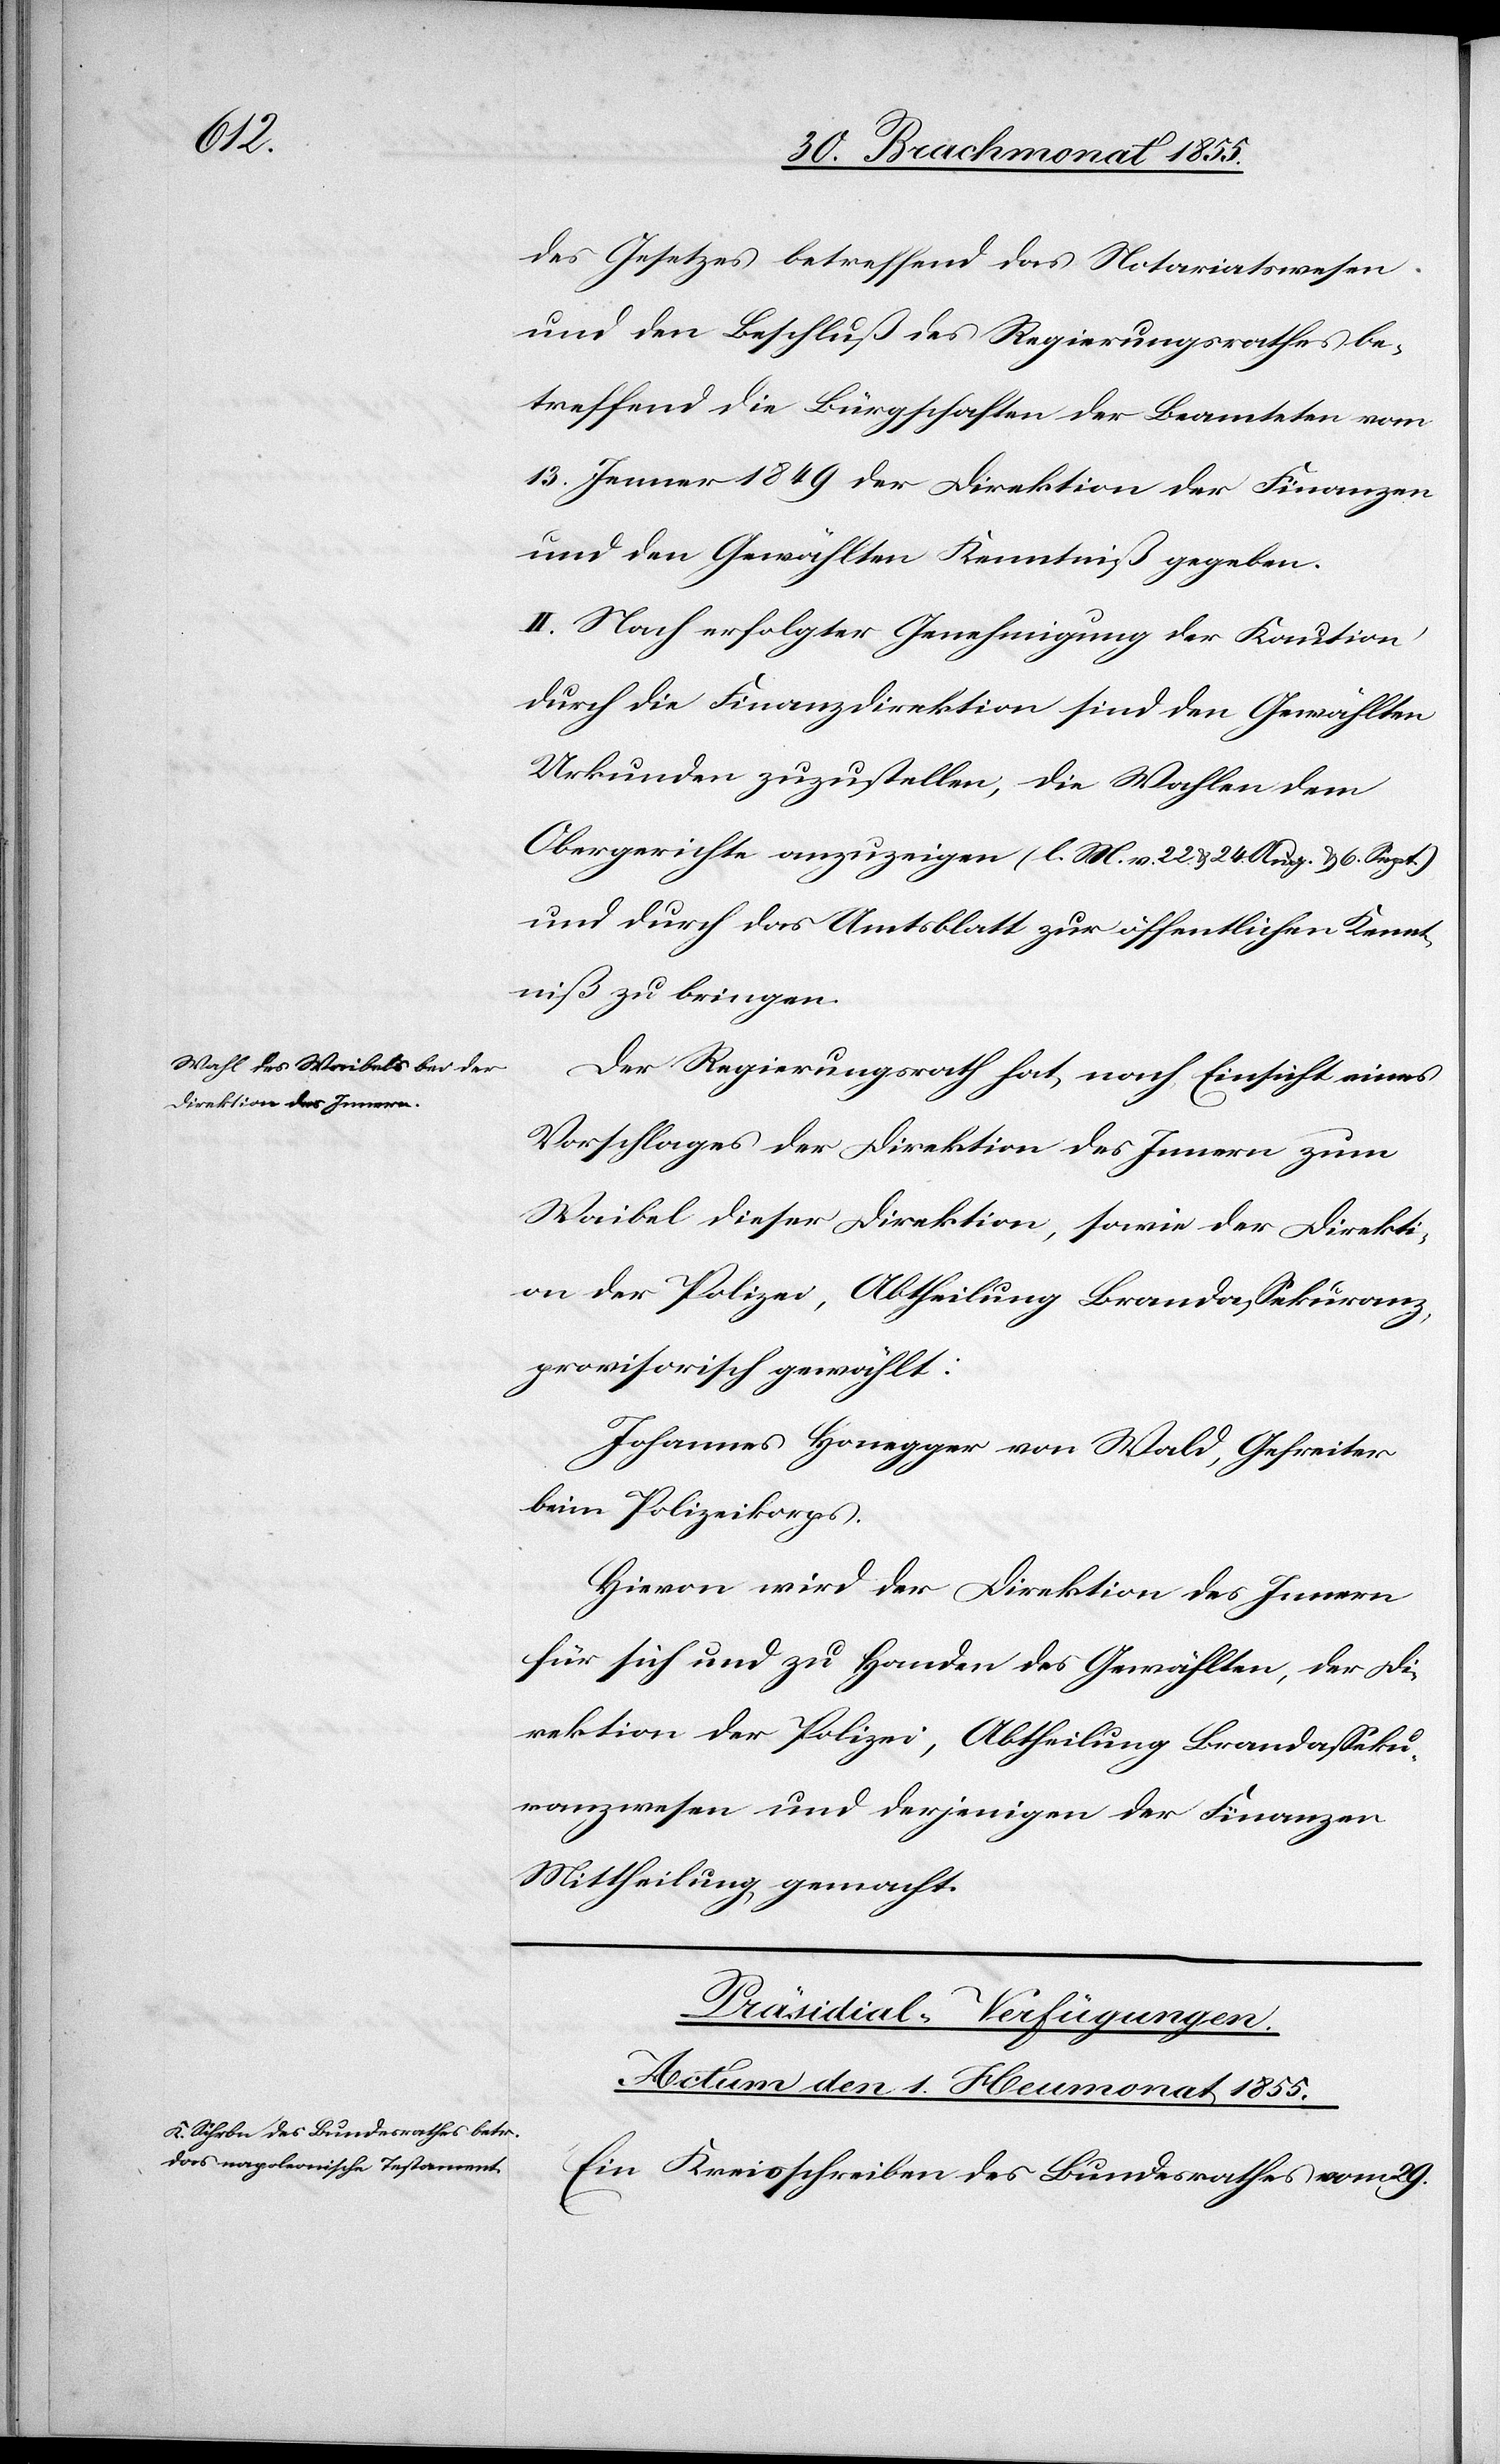
des Gesetzes betreffend das Notariatswesen
und den Beschluß des Regierungsrathes be¬
treffend die Bürgschaften der Beamteten vom
13. Jenner 1849 der Direktion der Finanzen
und den Gewählten Kenntniß gegeben.
II. Nach erfolgter Genehmigung der Kaution
durch die Finanzdirektion sind den Gewählten
Urkunden zuzustellen, die Wahlen dem
Obergerichte anzuzeigen (l. M. v. 22. & 24. Aug. & 6. Sept.)
und durch das Amtsblatt zur öffentlichen Kennt¬
niß zu bringen.
Der Regierungsrath hat, nach Einsicht eines
Vorschlages der Direktion des Innern zum
Waibel dieser Direktion, sowie der Direkti¬
on der Polizei, Abtheilung Brandassekuranz,
provisorisch gewählt:
Johannes Honegger von Wald, Gefreiter
beim Polizeikorps.
Hievon wird der Direktion des Innern
für sich und zu Handen des Gewählten, der Di¬
rektion der Polizei, Abtheilung Brandasseku¬
ranzwesen und derjenigen der Finanzen
Mittheilung gemacht.
Präsidial-Verfügungen.
Actum den 1. Heumonat 1855.
Ein Kreisschreiben des Bundesrathes vom 29.